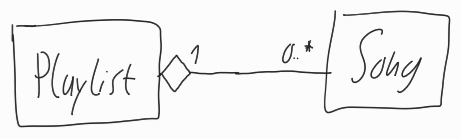
Diagram type: class_diagram
```plantuml
@startuml

Playlist "1" o-- "0..*" Song

@enduml
```